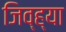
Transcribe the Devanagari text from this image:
जिव्ह्या